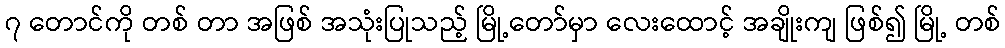
၇ တောင်ကို တစ် တာ အဖြစ် အသုံးပြုသည့် မြို့တော်မှာ လေးထောင့် အချိုးကျ ဖြစ်၍ မြို့ တစ်